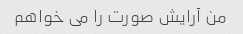
من آرایش صورت را می خواهم